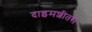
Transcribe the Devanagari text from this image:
दाइमशीतस